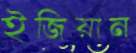
ইজিয়ান